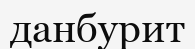
данбурит